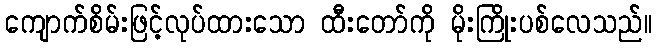
ကျောက်စိမ်းဖြင့်လုပ်ထားသော ထီးတော်ကို မိုးကြိုးပစ်လေသည်။